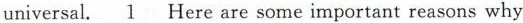
universal.\underline{1} Here are some important reasons why